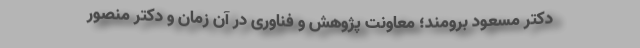
دکتر مسعود برومند؛ معاونت پژوهش و فناوری در آن زمان و دکتر منصور